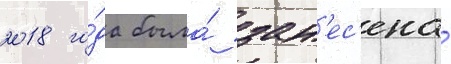
2018 го́да была́ зан'ес'ена́